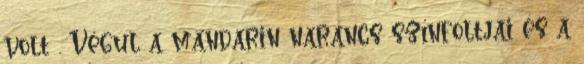
volt . Végül a mandarin narancs színfoltjai és a